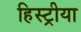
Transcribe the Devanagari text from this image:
हिस्ट्रीया